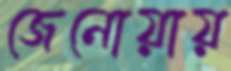
জেনোয়ায়